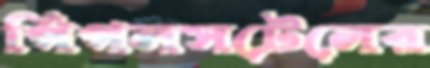
পিপলসটেলের